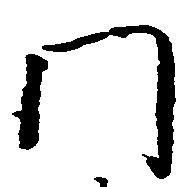
門